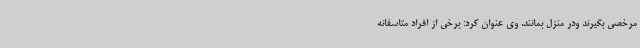
مرخصی بگیرند ودر منزل بمانند. وی عنوان کرد: برخی از افراد متاسفانه